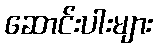
ဆောင်းပါးများ